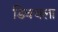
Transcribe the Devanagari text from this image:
डिवचला